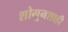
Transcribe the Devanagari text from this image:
शोगूनशाही